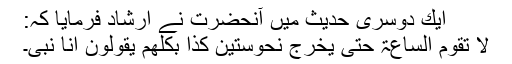
ایك دوسری حدیث میں آنحضرت نے ارشاد فرمایا كہ:
لا تقوم الساعۃ حتی یخرج نحوستین كذا بكلھم یقولون انا نبی۔